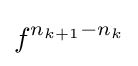
f^{n_{k+1}-n_{k}}